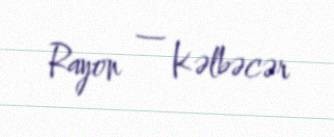
Rayon — Kəlbəcər